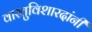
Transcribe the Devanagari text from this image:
वास्तुविशारदांनी